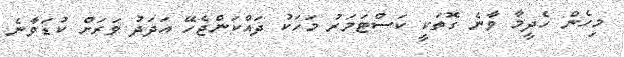
މިހެން ހެދީމާ ވާނެ ގޮތަކީ ކަސްޓަމަރު މަހަކު ދައްކަންޖެހޭ އަދަދު ވަރަށް ކުޑަވާނެ